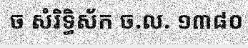
ច សំរិទ្ធិស័ក ច.ល. ១៣៨០